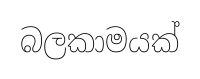
බලකාමයක්